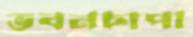
ভবনচাপা